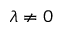
\lambda \ne 0